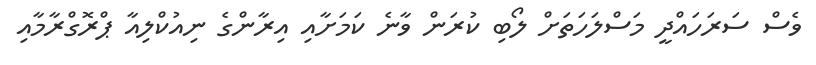
ވެސް ސަރަހައްދީ މަސްލަހަތަށް ލޯބި ކުރަން ވާނެ ކަމަށާއި އިރާންގެ ނިއުކްލިއާ ޕްރޮގްރާމާއި